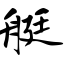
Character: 艇